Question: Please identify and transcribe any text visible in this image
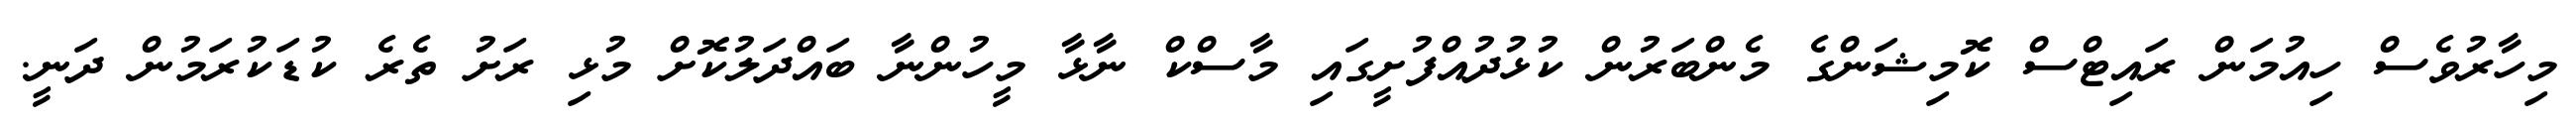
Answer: މިހާރުވެސް ހިއުމަން ރައިޓްސް ކޮމިޝަންގެ މެންބަރުން ކުޅުދުއްފުށީގައި މާސްކް ނާޅާ މީހުންނާ ބައްދަލުކޮށް މުޅި ރަށު ތެރެ ކުޑަކުރަމުން ދަނީ.